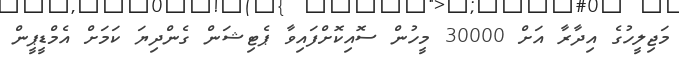
މަޖިލީހުގެ އިދާރާ އަށް 30000 މީހުން ސޮއިކޮށްފައިވާ ޕެޓިޝަން ގެންދިޔަ ކަމަށް އެމްޑީޕީން